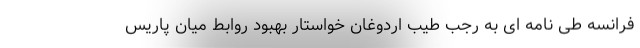
فرانسه طی نامه ای به رجب طیب اردوغان خواستار بهبود روابط میان پاریس